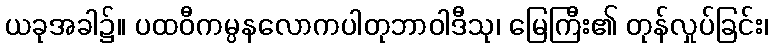
ယခုအခါ၌။ ပထဝီကမ္ပနလောကပါတုဘာဝါဒီသု၊ မြေကြီး၏ တုန်လှုပ်ခြင်း၊